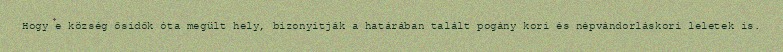
Hogy e község ősidők óta megült hely, bizonyítják a határában talált pogány kori és népvándorláskori leletek is.